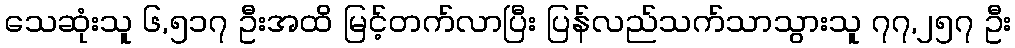
သေဆုံးသူ ၆,၅၁၇ ဦးအထိ မြင့်တက်လာပြီး ပြန်လည်သက်သာသွားသူ ၇၇,၂၅၇ ဦး